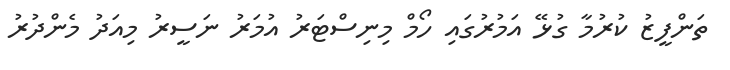
ތަންފީޒު ކުރުމާ ގުޅޭ އަމުރުގައި ހޯމް މިނިސްޓަރު އުމަރު ނަސީރު މިއަދު މެންދުރު